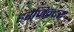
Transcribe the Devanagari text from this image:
हरजिन्दर